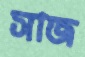
সাজ